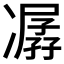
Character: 𠘈